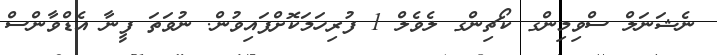
ނެޝަނަލް ސްވިމިންގ ކޯޗިންގ ލެވެލް 1 ފުރިހަމަކޮށްފައިވުން. ނުވަތަ ފީނާ އެޑްވާންސް